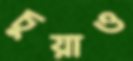
চুয়াও